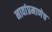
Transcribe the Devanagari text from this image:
नावांप्रमाणेच